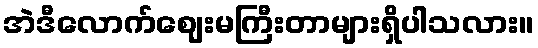
အဲဒီလောက်ဈေးမကြီးတာများရှိပါသလား။